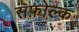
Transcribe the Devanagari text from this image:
सफ़ोल्क